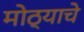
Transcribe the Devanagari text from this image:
मोठ्याचे